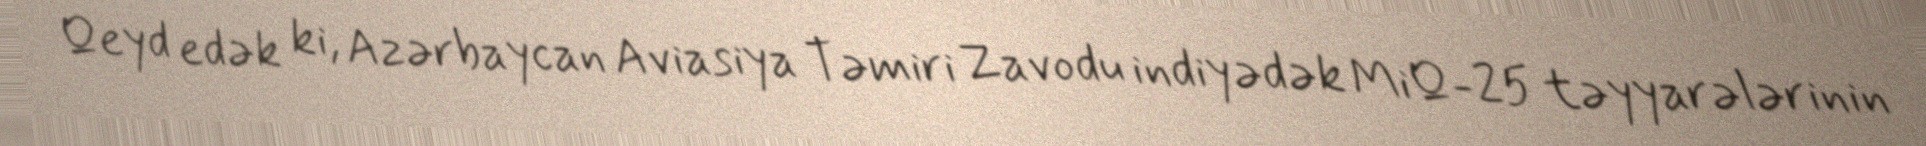
Qeyd edək ki, Azərbaycan Aviasiya Təmiri Zavodu indiyədək MiQ-25 təyyarələrinin